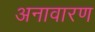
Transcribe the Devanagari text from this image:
अनावारण